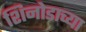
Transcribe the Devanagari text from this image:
शिनोडाच्या